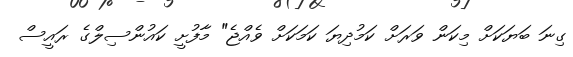
ގިނަ ބަޔަކަށް މިކަން ވަރަށް ކަމުދިޔަ ކަމަކަށް ވެއްޖެ" މާފުށީ ކައުންސިލްގެ ރައީސް